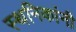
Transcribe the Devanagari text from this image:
स्थनिकांनी